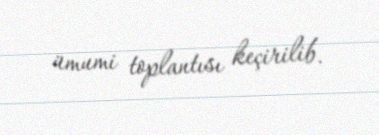
ümumi toplantısı keçirilib.